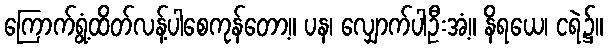
ကြောက်ရွံ့ထိတ်လန့်ပါစေကုန်တော့။ ပန၊ လျှောက်ပါဦးအံ့။ နိရယေ၊ ငရဲ၌။